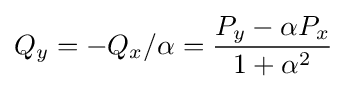
Q_{y}=-Q_{x}/\alpha ={\frac {P_{y}-\alpha P_{x}}{1+\alpha ^{2}}}